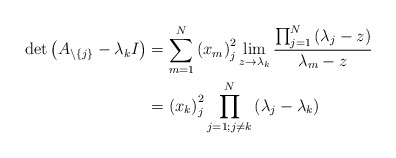
\begin{align*}\det\left( A_{\backslash\left\{ j\right\} }-\lambda_{k}I\right) &=\sum_{m=1}^{N}\left( x_{m}\right) _{j}^{2}\lim_{z\rightarrow\lambda_{k}}\frac{\prod_{j=1}^{N}\left( \lambda_{j}-z\right) }{\lambda_{m}-z}\\& =\left( x_{k}\right) _{j}^{2}\prod_{j=1;j\neq k}^{N}\left( \lambda_{j}-\lambda_{k}\right)\end{align*}